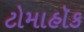
ટોમાહૉક